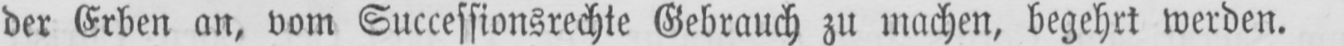
der Erben an, vom Successionsrechte Gebrauch zu machen, begehrt werden.